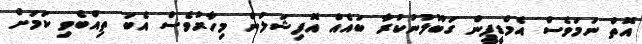
އޮތް ނަމަވެސް އެމްޑީޕީން ގަބޫލުނުކުރާ ބައެއް އޮފިޝަލުން މިހާރުވެސް އެބަ ތިއްބެވި ކަމަށް